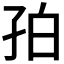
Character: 𪦺